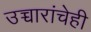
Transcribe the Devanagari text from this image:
उच्चारांचेही